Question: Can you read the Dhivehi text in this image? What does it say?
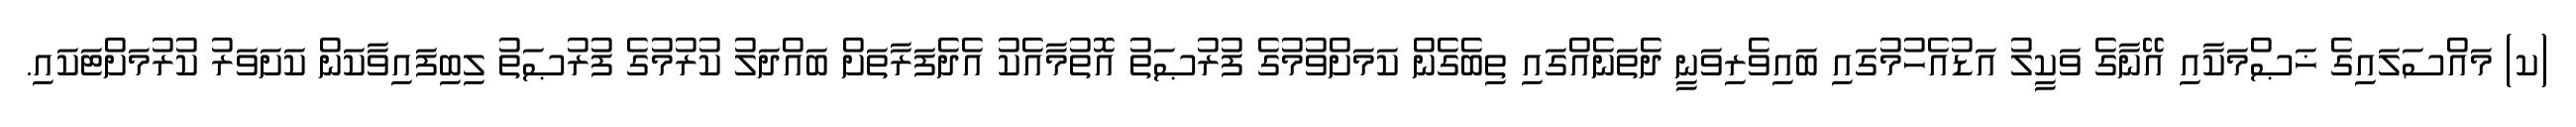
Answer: (ކ) މައްސަލައިގެ ޚަޞްމަކާއި އޭނާގެ ވަކީލު އަޑުއެހުމުގައި ބައިވެރިވަނީ ދެތަނެއްގައި ތިބެގެން ކަމަށްވުމުގެ ފުރުޞަތު އޮތުމާއެކު އެދެފަރާތަށް ބައްދަލު ކުރުމުގެ ފުރުޞަތު ލިބިފައިވާކަން ކަށަވަރު ކުރުމަށްޓަކައި.